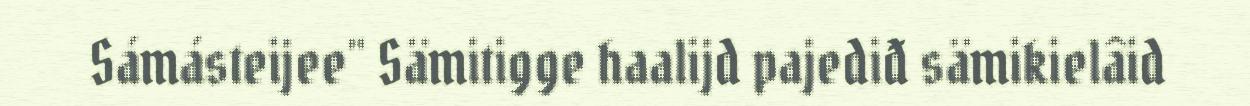
Sámásteijee" Sämitigge haalijd pajediđ sämikielâid